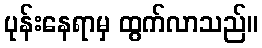
ပုန်းနေရာမှ ထွက်လာသည်။